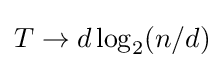
T\rightarrow d\log _{2}(n/d)